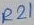
Text: R21